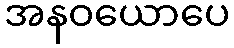
အနဝယောပေ